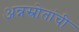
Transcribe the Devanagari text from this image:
अन्नस्रोतांची